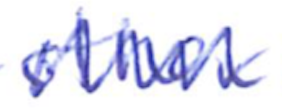
Text: other
Cross-out: zig-zag
Writing tool: ballpoint